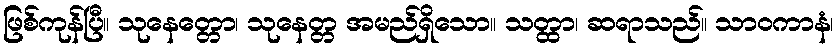
ဖြစ်ကုန်ပြီ။ သုနေတ္တော၊ သုနေတ္တ အမည်ရှိသော။ သတ္ထာ၊ ဆရာသည်။ သာဝကာနံ၊